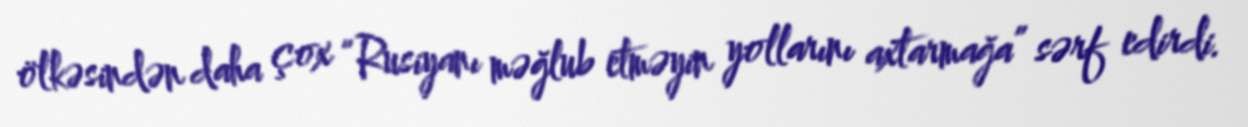
ölkəsindən daha çox “Rusiyanı məğlub etməyin yollarını axtarmağa” sərf edirdi.